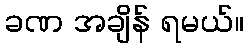
ခဏ အချိန် ရမယ်။